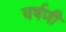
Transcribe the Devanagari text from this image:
चर्षणी